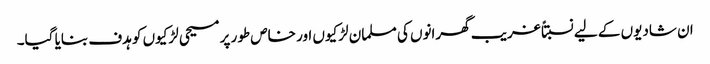
ان شادیوں کے لیے نسبتاً غریب گھرانوں کی مسلمان لڑکیوں اور خاص طور پر مسیحی لڑکیوں کو ہدف بنایا گیا۔